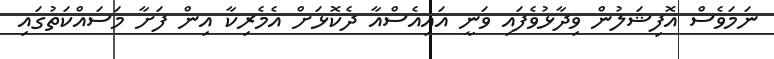
ނަމަވެސް އޮފިޝަލުން ވިދާޅުވެފައި ވަނީ އައިއެސްއާ ދެކޮޅަށް އެމެރިކާ އިން ފަށާ މަސައްކަތުގައި